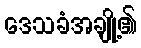
ဒေသခံအချို့၏